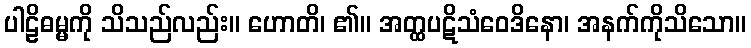
ပါဠိဓမ္မကို သိသည်လည်း။ ဟောတိ၊ ၏။ အတ္ထပဋိသံဝေဒိနော၊ အနက်ကိုသိသော။